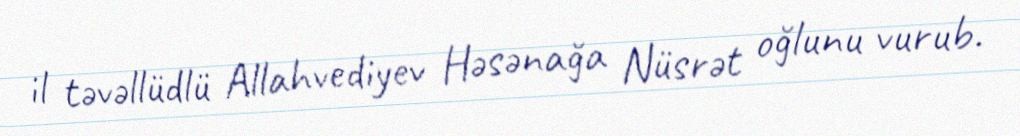
il təvəllüdlü Allahvediyev Həsənağa Nüsrət oğlunu vurub.